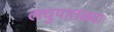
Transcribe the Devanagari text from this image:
लघुपातळ्या